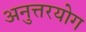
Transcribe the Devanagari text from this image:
अनुत्तरयोग